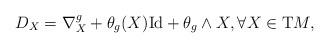
LaTeX: \begin{align*}D_X=\nabla^g_X+\theta_g(X)\mathrm{Id} + \theta_g\wedge X, \forall X\in \mathrm{T}M,\end{align*}